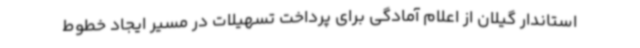
استاندار گیلان از اعلام آمادگی برای پرداخت تسهیلات در مسیر ایجاد خطوط